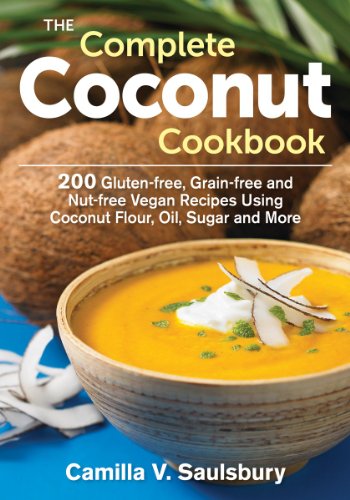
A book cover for The Complete Coconut Cookbook: 200 Gluten-free, Grain-free and Nut-free Vegan Recipes Using Coconut Flour, Oil, Sugar and More; Camilla Saulsbury; Cookbooks, Food & Wine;